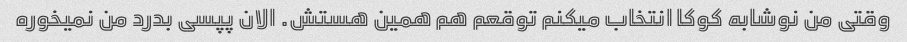
وقتی من نوشابه کوکا انتخاب میکنم توقعم هم همین هستش. الان پپسی بدرد من نمیخوره